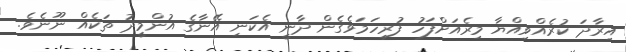
އިރާދަ ކުރެއްވިއްޔާ މިރެއަށްފަހު ފުރިހަމަވެގެން ދާނީ އެކަނި އޭނާގެ އުންމީދު ތަކެއް ނޫނެވެ.